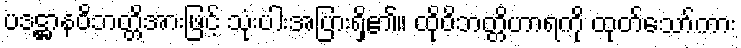
ပဒဋ္ဌာနဝိဘတ္တိအားဖြင့် သုံးပါးအပြားရှိ၏။ ထိုဝိဘတ္တိဟာရကို ထုတ်သော်ကား